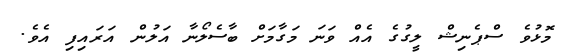
މޮޅުވެ ސްޕެނިޝް ލީގުގެ އެއް ވަނަ މަގާމަށް ބާސެލޯނާ އަލުން އަރައިފި އެވެ.